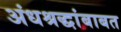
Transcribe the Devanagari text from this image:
अंधश्रद्धांबाबत